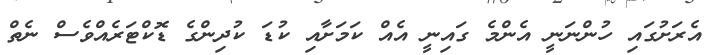
އެރަށުގައި ހުންނަނީ އެންމެ ގައިނީ އެއް ކަމަށާއި ކުޑަ ކުދިންގެ ޑޮކްޓަރެއްވެސް ނެތް